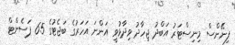
ފިނޭންސް މިނިސްޓަރު އަބްދު ޖިހާދު ވިދާޅުވީ އަންނަ އަހަރުގެ ބަޖެޓުގެ 65 ޕަސެންޓް